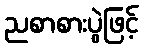
ညစာစားပွဲဖြင့်